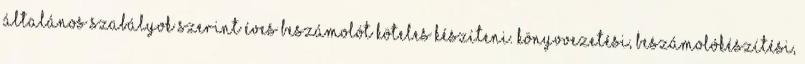
általános szabályok szerint éves beszámolót köteles készíteni. Könyvvezetési, beszámolókészítési,